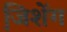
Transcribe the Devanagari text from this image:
जि़शेंग